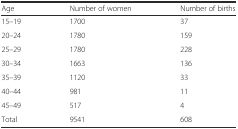
<table><thead><tr><td><b>Age</b></td><td><b>Number of women</b></td><td><b>Number of births</b></td></tr></thead><tbody><tr><td>15–19</td><td>1700</td><td>37</td></tr><tr><td>20–24</td><td>1780</td><td>159</td></tr><tr><td>25–29</td><td>1780</td><td>228</td></tr><tr><td>30–34</td><td>1663</td><td>136</td></tr><tr><td>35–39</td><td>1120</td><td>33</td></tr><tr><td>40–44</td><td>981</td><td>11</td></tr><tr><td>45–49</td><td>517</td><td>4</td></tr><tr><td>Total</td><td>9541</td><td>608</td></tr></tbody></table>